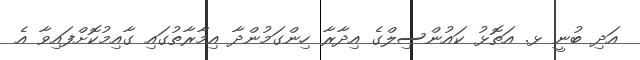
އަދި ބުނީ ޅ. އަތޮޅު ކައުންސިލްގެ އިދާރާ ހިންގަމުންދާ އިމާރާތުގައި ގާއިމުކޮށްފައިވާ އެ